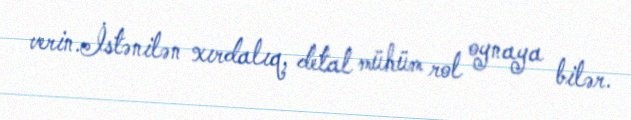
verin.İstənilən xırdalıq, detal mühüm rol oynaya bilər.